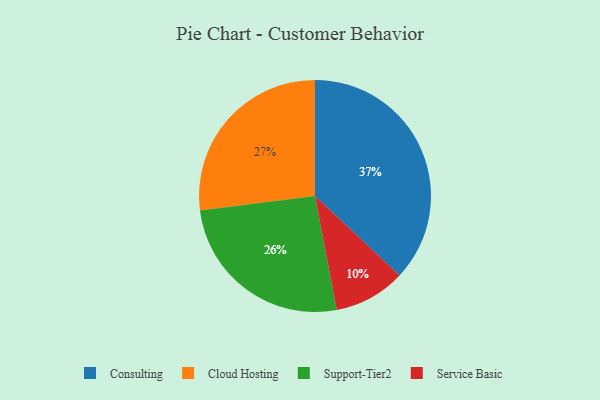
{"axis": {"x": "Category", "y": "Percentage"}, "legend": ["Cloud Hosting", "Consulting", "Service Basic", "Support-Tier2"], "data": [{"x": "Service Basic", "y": 10, "type": "Service Basic"}, {"x": "Support-Tier2", "y": 26, "type": "Support-Tier2"}, {"x": "Consulting", "y": 37, "type": "Consulting"}, {"x": "Cloud Hosting", "y": 27, "type": "Cloud Hosting"}]}